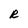
Character: R